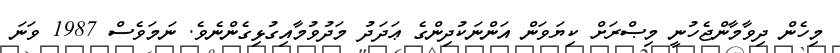
މިހެން ދިވާމާންޖެހުނީ މިޞްރަށް ކިޔަވަން އަންނަކުދިންގެ ޢަދަދު މަދުވުމާއިގުޅިގެންނެވެ. ނަމަވެސް 1987 ވަނަ